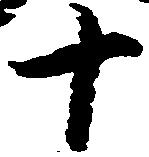
十